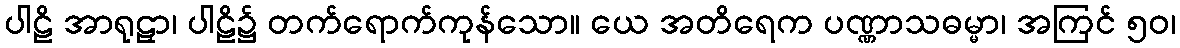
ပါဠိ အာရုဠှာ၊ ပါဠိ၌ တက်ရောက်ကုန်သော။ ယေ အတိရေက ပဏ္ဏာသဓမ္မာ၊ အကြင် ၅၀၊